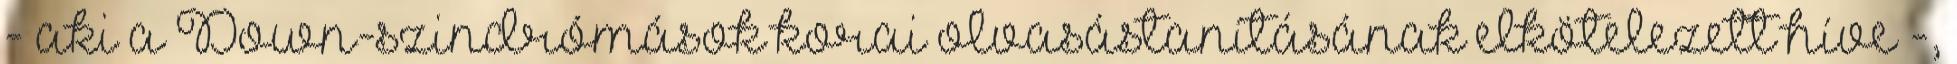
- aki a Down-szindrómások korai olvasástanításának elkötelezett híve -,